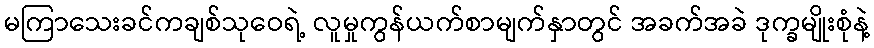
မကြာသေးခင်ကချစ်သုဝေရဲ့ လူမှုကွန်ယက်စာမျက်နှာတွင် အခက်အခဲ ဒုက္ခမျိုးစုံနဲ့